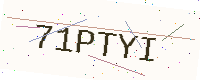
Text: 71PTYI